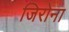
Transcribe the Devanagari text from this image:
जिरोना